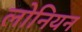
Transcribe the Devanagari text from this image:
लोनियन